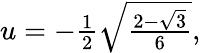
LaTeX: \begin{array}{r}{u=-\frac{1}{2}\sqrt{\frac{2-\sqrt{3}}{6}},}\end{array}